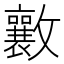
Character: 𭤑